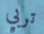
تربي